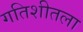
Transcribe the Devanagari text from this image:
गतिशीतला